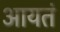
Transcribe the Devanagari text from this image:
आयतं